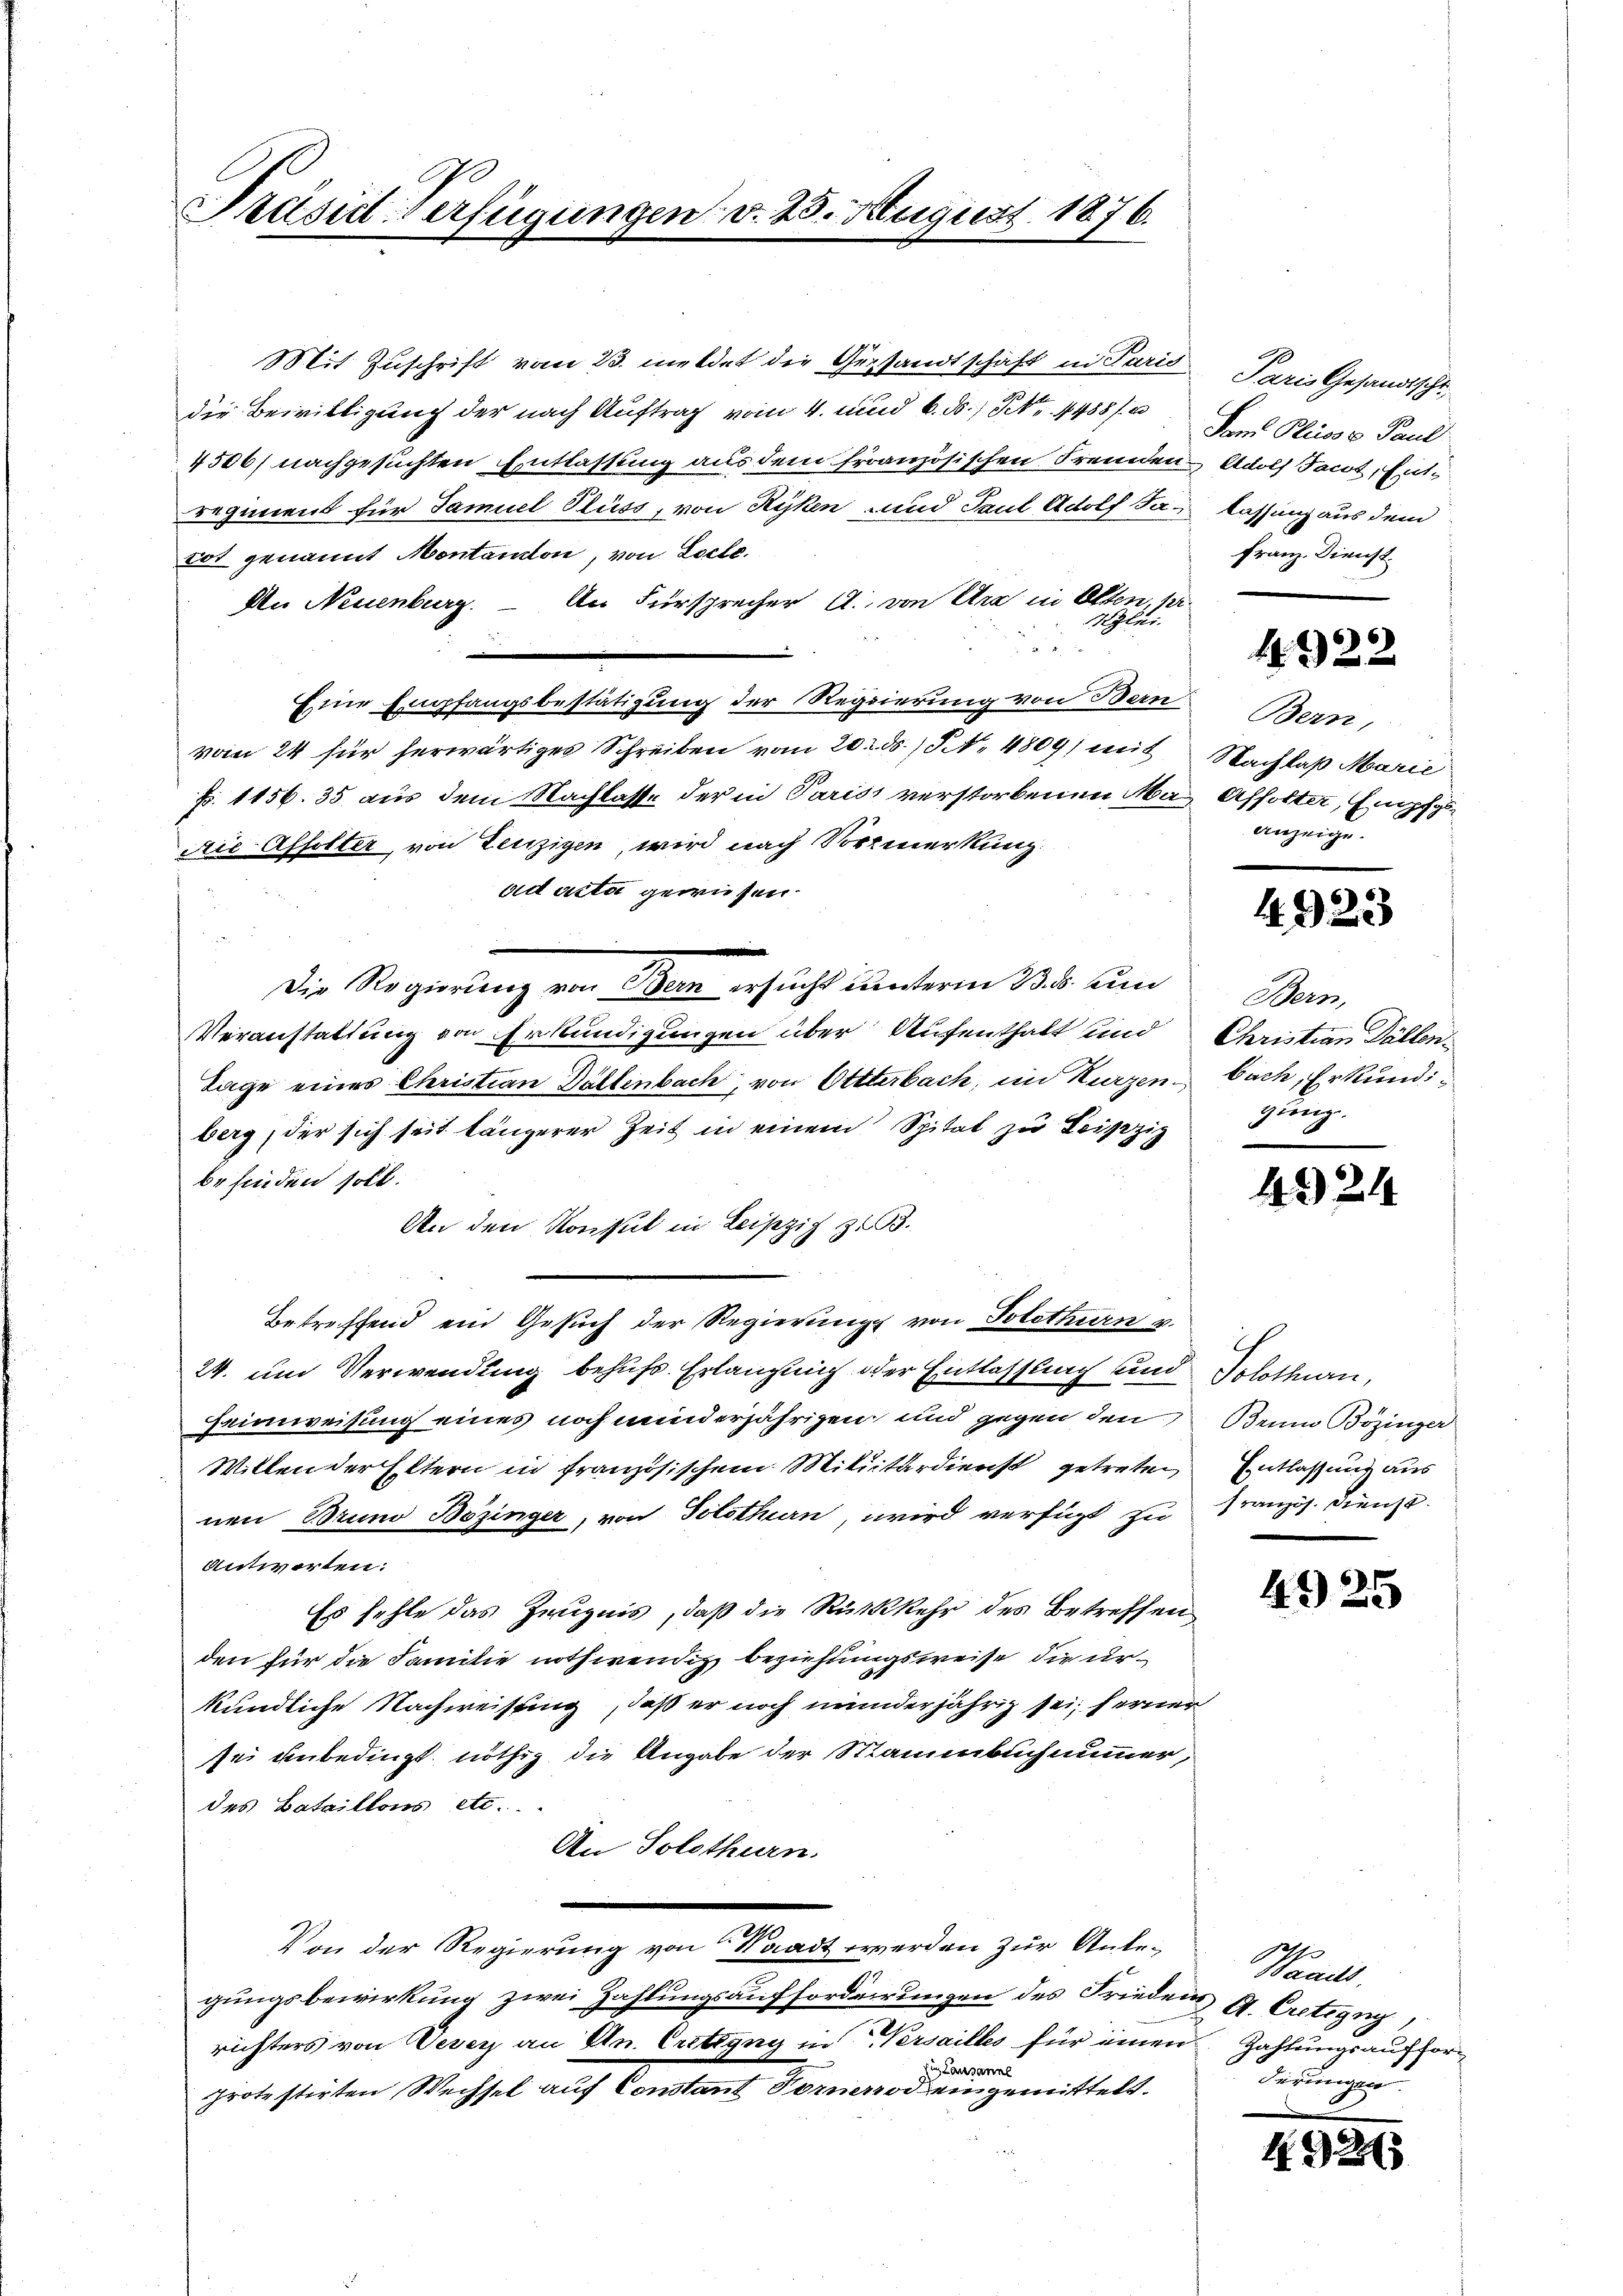
Präsid-Verfügungen v. 25. August 1876.

Mit Zuschrift vom 23. meldet die Gesandtschaft in Parich
die Bewilligung der nach Auftrag vom 4. und 6. ds. S. 4488/2
4506) nachgesuchten Entlassung aus dem französischen Fremden
regiment für Samuel Fluss, von Ryken und Paul Adolf Jatot genannt Montanton, von Loele.
An Neuenburg. – An Fürsprecher A. von Ure in Olten, pr.
Ali.
da
Eine Empfangsbestätigung der Regierung von Bern
vom 24 für herwärtiges Schreiben vom 20. ds. S. 4809) mit
Fr. 1156. 35 aus dem Nachlasse der in Paris verstorbenen Mai Affolter, Empfgs¬
Aić Affolter, von Lenzigen, wird nach Vormerkung
ad acta gewiesen.
Die Regierung von Bern ersucht unterm 23. d. un
Veranstattung von Erkundigungen über Aufenthalt sind
Tage eines Christian Dältenbach, von Ottterbach, im Kurzen
berg, der sich seit längerer Zeit in einem Spital zu Leipzig
befinden soll.
An den Konsul in Leipzig z. B.
Betreffend ein Gesuch der Regierung von Solothurn v.
24. um Verwendung behufs Erlangung oder Entlassung und
Heimweisung eines noch minderjährigen und gegen den
Willen der Eltern in französischem Militärdienst getreten
nen Bruno Bözinger, von Solothurn, wird verfügt zu
Antworten:
Es fehle das Zeugnis, daß die Rückkehr des Betreffen
den für die Familie nothwendig beziehungsweise die urkundliche Nachweisung, daß er noch minderjährig sei; ferner
sei unbedingt nöthig die Angabe der Stammbuch nummer,
des Bataillons etc.
An Solothurn.
e
Von der Regierung von Waadt werden zur Antegungsbewirkung zwei Zahlungsaufforderrungen des Frieden A. Creting,
richters von Vevey an An. Cretigny in Versailles für einen Zahlungsauffor¬
Die Lausanne
protestirten Wechsel auf Constant Vornerrod eingemittelt.

Paris Gesandtschr
Dam Plisse Paul
Adolf Tacot, Ent
lassung aus dem
Franz Dienst

4922

Bern,
Nachlaß Marie
anzeige.

4923

Bern,
Christian Fällen.
bach, Erkundi
gung.

4924

Solothurn,
Bruno Bozinger
Entlassung aus
französ. Dienst.

4925

Wanus
derungen

4923